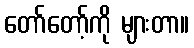
တော်တော့်ကို များတာ။